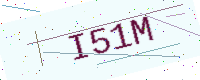
Text: I51M